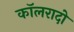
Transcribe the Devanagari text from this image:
कॉलरादो